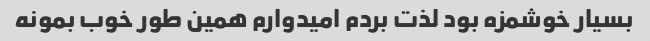
بسیار خوشمزه بود لذت بردم امیدوارم همین طور خوب بمونه